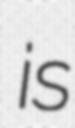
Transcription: is